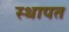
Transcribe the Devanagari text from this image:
स्थापत